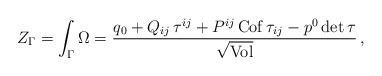
LaTeX: \begin{align*}Z_{\Gamma} = \int_{\Gamma} \Omega = {q_0 + Q_{ij}\,\tau^{ij} + P^{ij}\,{\rm Cof}\,\tau_{ij} - p^0\,{\rm det}\,\tau\over\sqrt{\rm Vol}}\,,\end{align*}